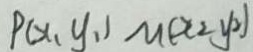
P ( x _ { 1 } y _ { 1 } ) M ( x _ { 2 } y _ { 2 } )